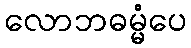
လောဘဓမ္မံပေ